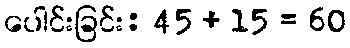
ပေါင်းခြင်း: 45 + 15 = 60